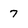
Character: 7